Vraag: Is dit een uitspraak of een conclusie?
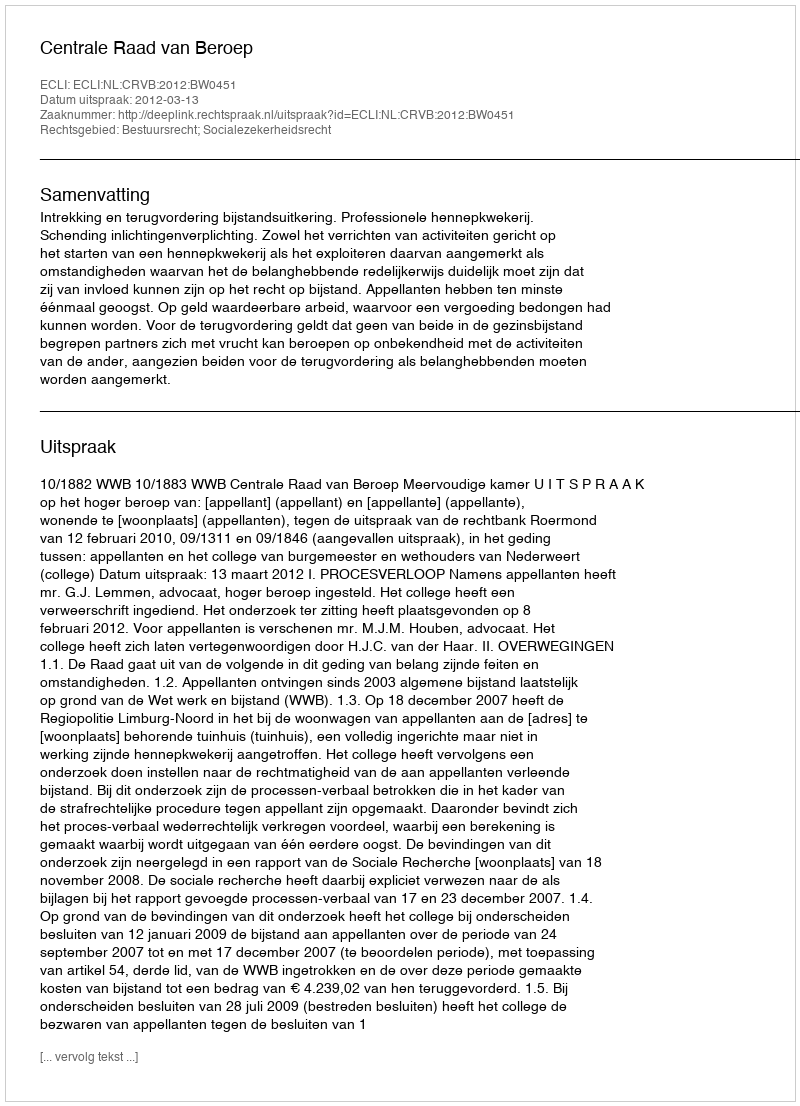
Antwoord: Uitspraak